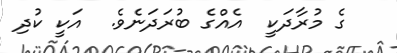
ގެ މުރާދަކީ  އެއްގެ ބުރަދަނެވެ.  އަކީ ކުދި